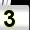
Digit: 3